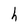
Character: h